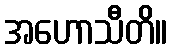
အဟောသီတိ။